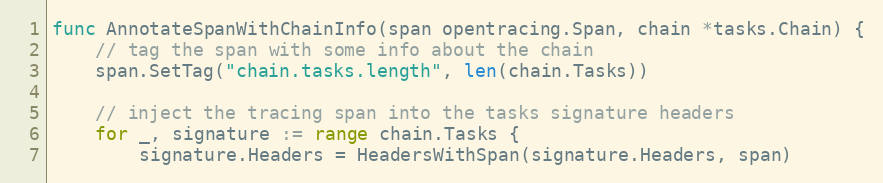
Language: Go
func AnnotateSpanWithChainInfo(span opentracing.Span, chain *tasks.Chain) {
	// tag the span with some info about the chain
	span.SetTag("chain.tasks.length", len(chain.Tasks))

	// inject the tracing span into the tasks signature headers
	for _, signature := range chain.Tasks {
		signature.Headers = HeadersWithSpan(signature.Headers, span)